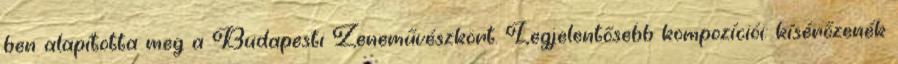
ben alapította meg a Budapesti Zeneművészkört. Legjelentősebb kompozíciói: kísérőzenék